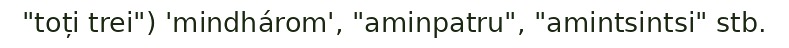
"toți trei") 'mindhárom', "aminpatru", "amintsintsi" stb.